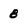
Character: 8